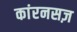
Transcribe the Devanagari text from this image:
कांरनसज़